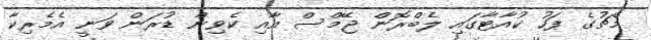
މެޗުގެ ފަހު ކުއާޓާގައި ލެބްރޮން ޖޭމްސް އާއި ކެވިން ޑުރަން ވަނީ އެމެރިކާ